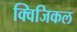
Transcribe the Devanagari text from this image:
क्विजिकल